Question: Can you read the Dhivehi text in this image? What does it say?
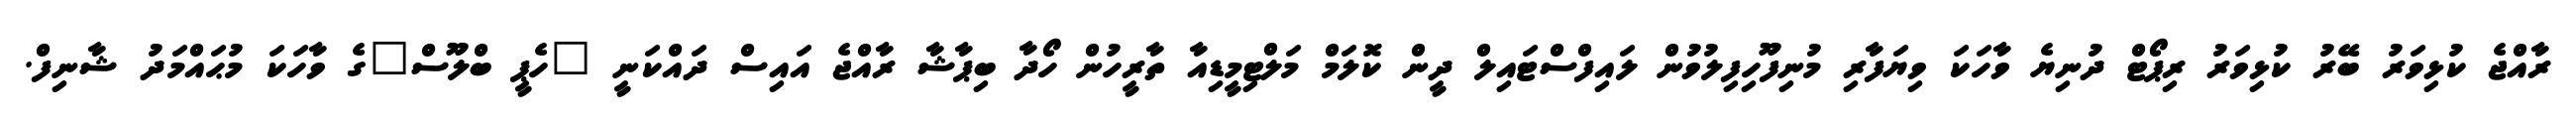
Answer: ރާއްޖެ ކުޅިވަރު ބޭރު ކުޅިވަރު ރިޕޯޓް ދުނިޔެ ވާހަކަ ވިޔަފާރި މުނިފޫހިފިލުވުން ލައިފްސްޓައިލް ދީން ކޮލަމް މަލްޓިމީޑިއާ ތާރީހުން ހޯދާ ބިޕާޝާ ރާއްޖެ އައިސް ދައްކަނީ "ހެޕީ ބްލޫސް"ގެ ވާހަކަ މުޙައްމަދު ޝާނިފް.